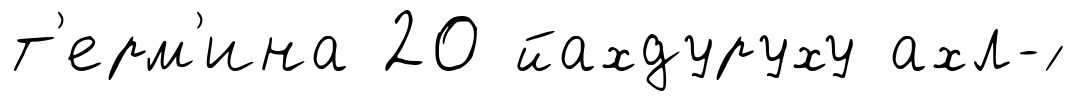
т'ерм'ина 20 йахдуруху ахл-́